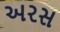
અરસ